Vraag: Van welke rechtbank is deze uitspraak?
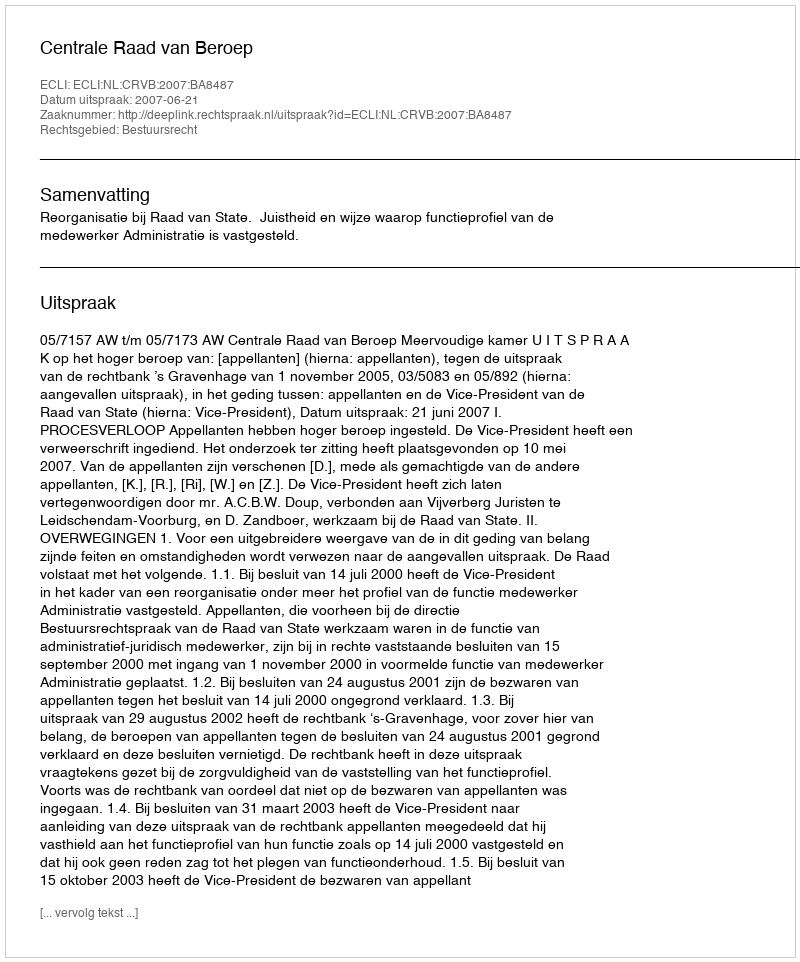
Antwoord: Centrale Raad van Beroep